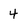
Character: 4